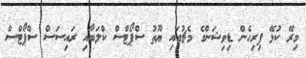
މިރޭ ކުޅޭ ފިރިހެން ޑިވިޝަންގެ މެޗުގައި ޔޫތު ސްޕޯޓްސް ކްލަބާއި ރައިސަސް ސްޕޯޓްސް